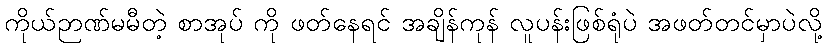
ကိုယ်ဉာဏ်မမီတဲ့ စာအုပ် ကို ဖတ်နေရင် အချိန်ကုန် လူပန်းဖြစ်ရုံပဲ အဖတ်တင်မှာပဲလို့